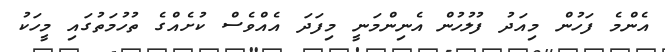
އެންމެ ފަހުން މިއަދު ފުލުހުން އެނިންމަނީ މިފަދަ އެއްވެސް ކުށެއްގެ ތުހުމަތުގައި މީހަކު